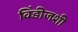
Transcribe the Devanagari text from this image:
विंडीजशी